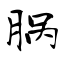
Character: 脶